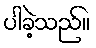
ပါခဲ့သည်။